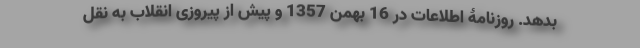
بدهد. روزنامۀ اطلاعات در 16 بهمن 1357 و پیش از پیروزی انقلاب به نقل